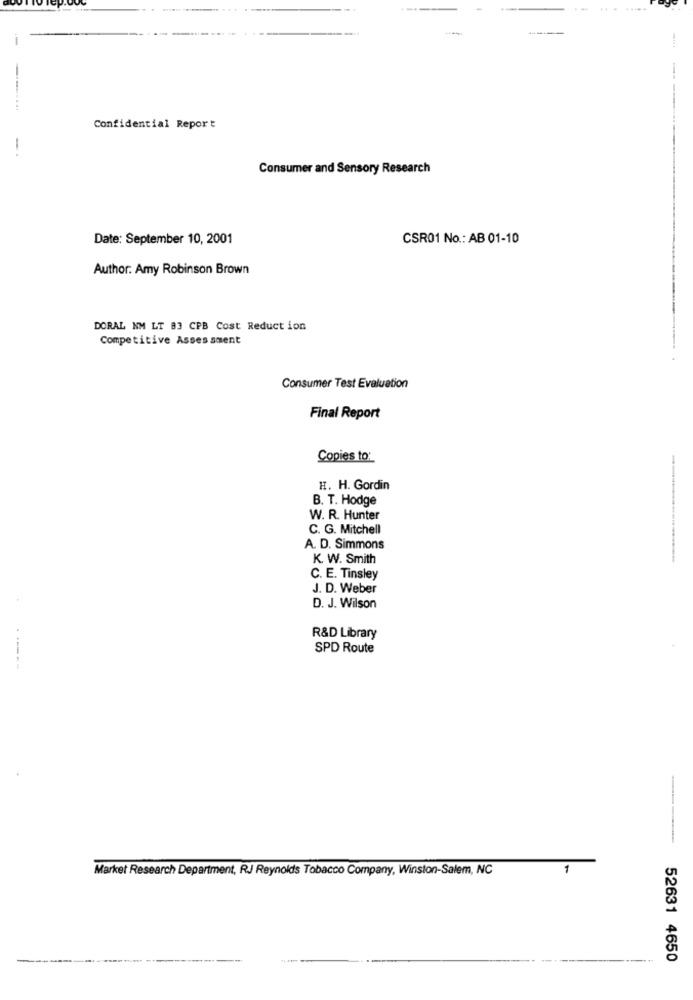
-
Confidential Report
- .
Consumer and Sensory Research
Date: September 10, 2001
CSR01 No .: AB 01-10
Author: Amy Robinson Brown
DORAL NM LT 83 CPB Cost Reduction
Competitive Assessment
Consumer Test Evaluation
Final Report
Copies to:
--
H. H. Gordin
B. T. Hodge
W. R. Hunter
C. G. Mitchell
A. D. Simmons
K. W. Smith
-
C. E. Tinsley
J. D. Weber
D. J. Wilson
R&D Library
SPD Route
Market Research Department, R.J Reynolds Tobacco Company, Winston-Salem, NC
1
52631 4650